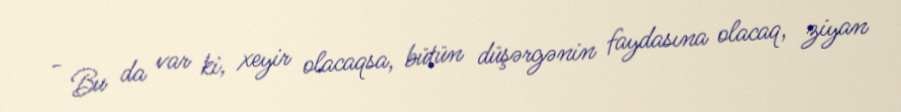
- Bu da var ki, xeyir olacaqsa, bütün düşərgənin faydasına olacaq, ziyan